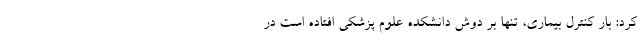
کرد: بار کنترل بیماری، تنها بر دوش دانشکده علوم پزشکی افتاده است در